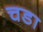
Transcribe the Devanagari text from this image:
चडा